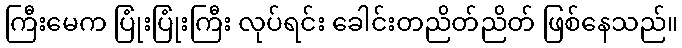
ကြီးမေက ပြုံးပြုံးကြီး လုပ်ရင်း ခေါင်းတညိတ်ညိတ် ဖြစ်နေသည်။